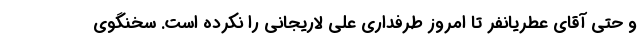
و حتی آقای عطریانفر تا امروز طرفداری علی لاریجانی را نکرده است. سخنگوی